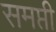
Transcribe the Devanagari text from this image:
समप्ती